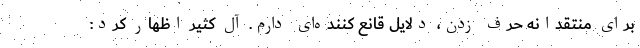
برای منتقدانه حرف زدن، دلایل قانع کننده‌ای دارم. آل کثیر اظهار کرد: